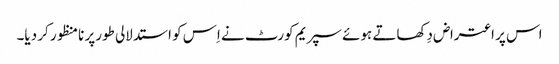
اس پر اعتراض دِکھاتے ہوئے سپریم کورٹ نے اِس کو استدلالی طورپر نامنظور کر دیا۔